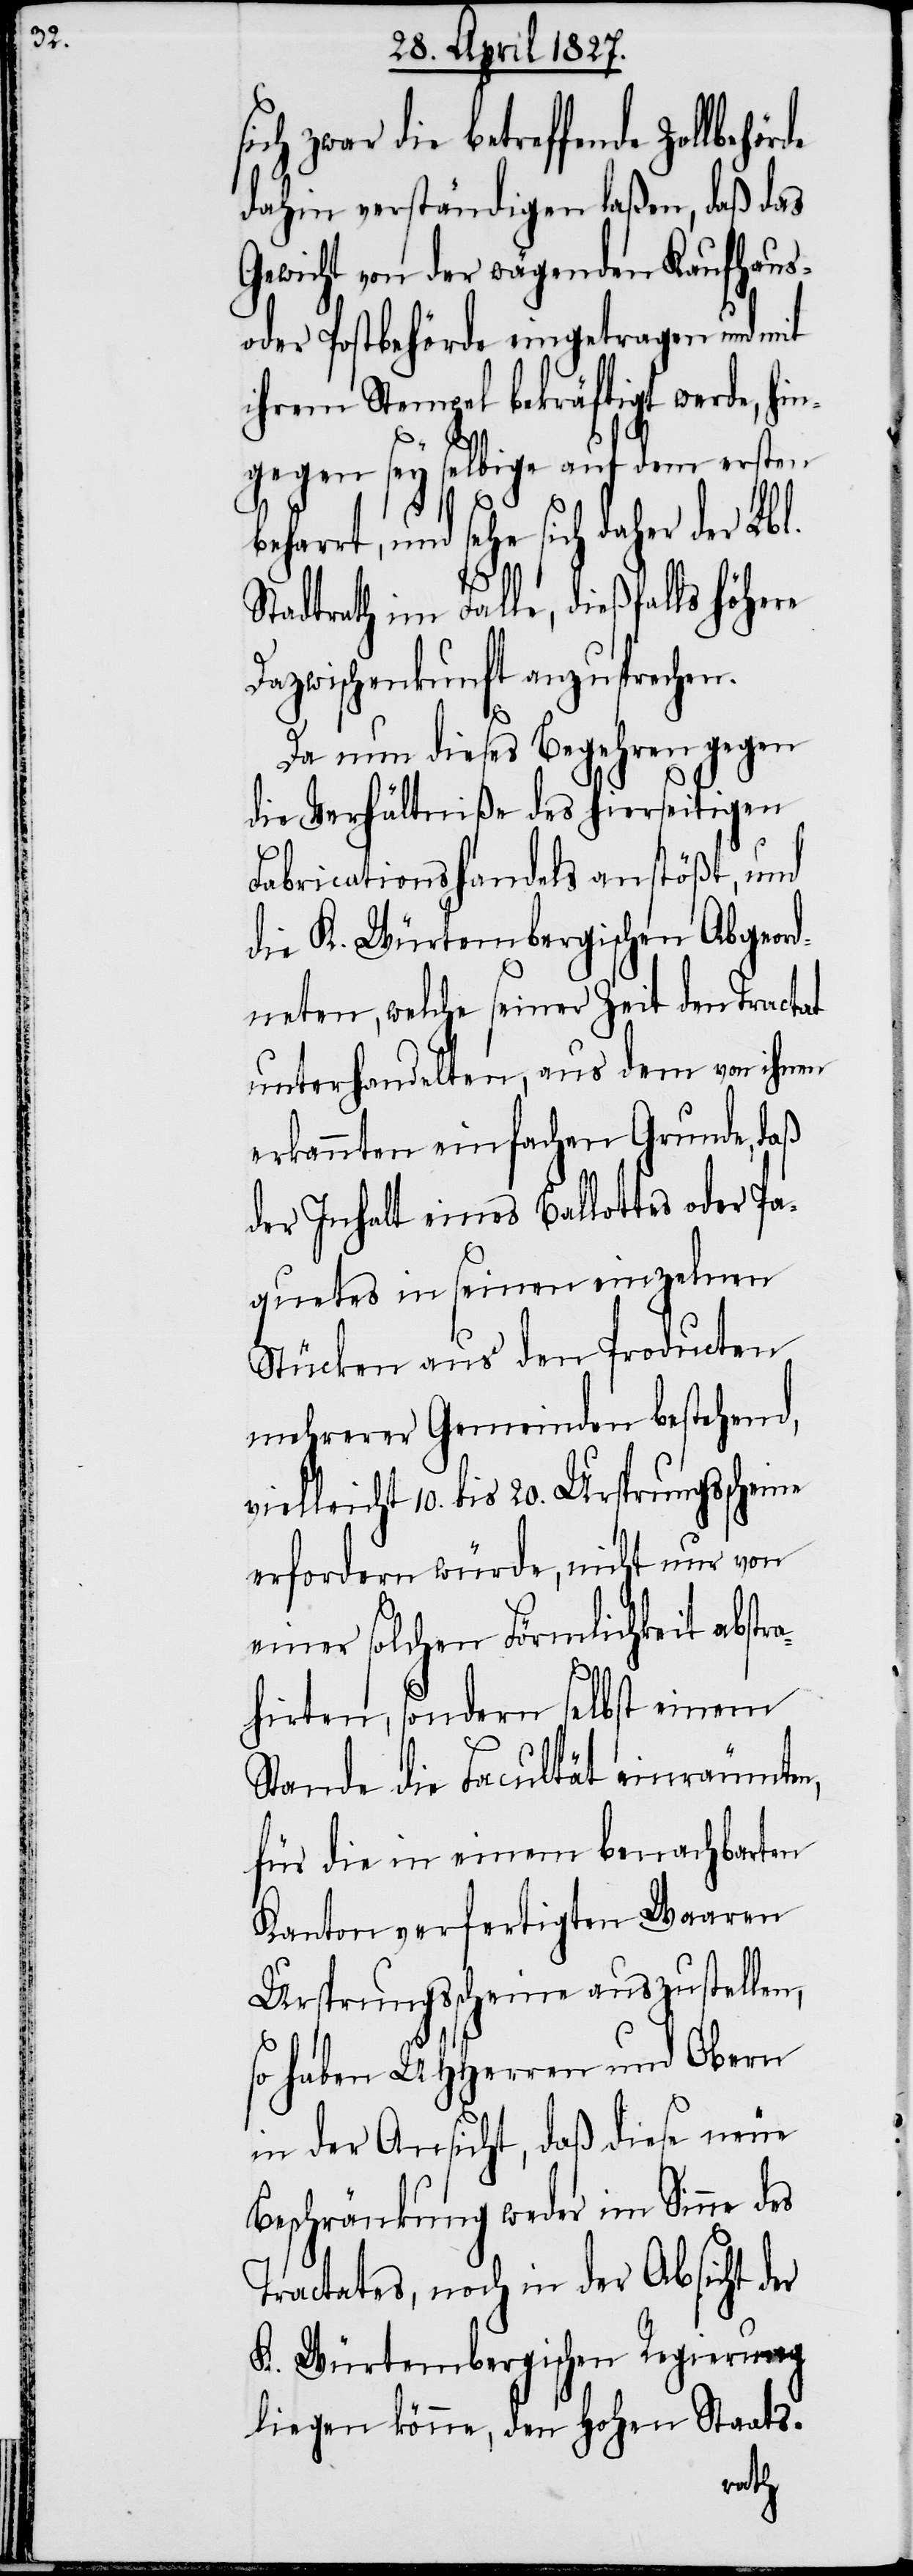
ich zwar die betreffende
dahin verständigen laßen, daß das
Gewicht von der wägenden Kaufhaus-
oder Postbehörde eingetragen und mit
ihrem Stempel bekräftigt werde, hi¬
ngegen sey selbige auf dem ersten
sehe sich daher der Lbl.
Stadtrath im Falle, dießfalls Höhere
Dazwischenkunft anzusprechen.
Da nun dieses Begehren gegen
die Verhältniße des hierseitigen
Fabricationshandels anstößt, und
die K. Würtembergischen Abgeord¬
neten, welche seiner Zeit den Tractat
unterhandelten, aus dem von ihnen
erkannten einfachen Grunde, daß
der Inhalt eines Ballottes oder Pa¬
quetes in seinen einzelnen
Stücken aus den Producten
mehrerer Gemeinden bestehend,
vielleicht 10. bis 20. Ursprungsscheine
erfordern würde, nicht nur von
einer solchen Förmlichkeit abstr¬
s¬
ahirten, sondern selbst einem
Stande die Facultät einräumten,
für die in einem benachbarten
Kanton verfertigten Waaren
Ursprungsscheine auszustellen,
so haben UHHerren und Obern
in der Ansicht, daß diese neue
Beschränkung weder im Sinne des
Tractates, noch in der Absicht der
K. Würtembergischen Regierung
liegen könne, den Hohen Staats-